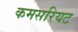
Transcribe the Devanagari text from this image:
कमसरियट